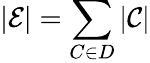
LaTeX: |\mathcal{E}|=\sum_{C\in D}|\mathcal{C}|